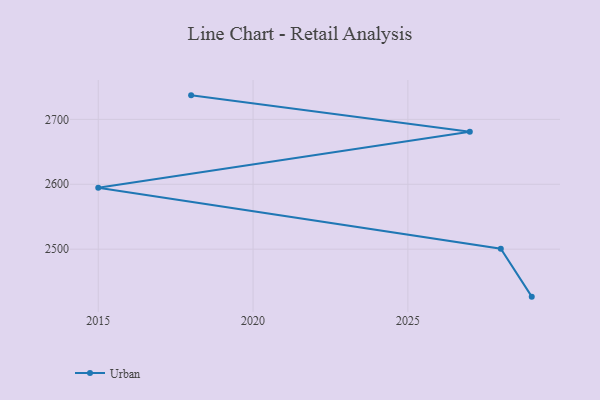
{"axis": {"x": "Year", "y": "Humidity (%)"}, "legend": ["Urban"], "data": [{"x": "2018", "y": 2737.0, "type": "Urban"}, {"x": "2027", "y": 2681.1, "type": "Urban"}, {"x": "2015", "y": 2594.5, "type": "Urban"}, {"x": "2028", "y": 2500.8, "type": "Urban"}, {"x": "2029", "y": 2426.9, "type": "Urban"}]}